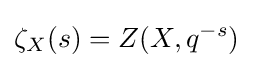
\zeta _{X}(s)=Z(X,q^{-s})